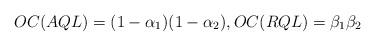
LaTeX: \begin{align*} OC(AQL) = (1-\alpha_1)(1-\alpha_2), OC(RQL) = \beta_1 \beta_2\end{align*}